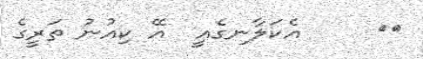
٤٩     އެކަލާނގެއީ  އޭ ކިއުނު ތަރީގެ